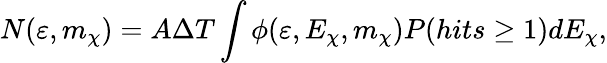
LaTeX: N(\varepsilon,m_{\chi})=A\Delta T\int\phi(\varepsilon,E_{\chi},m_{\chi})P(hits\geq 1)dE_{\chi},